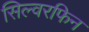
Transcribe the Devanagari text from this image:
सिल्वरफिन